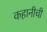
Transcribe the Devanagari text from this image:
कहानीची